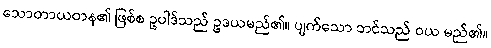
သောတာယတန၏ ဖြစ်စ ဥပါဒ်သည် ဥဒယမည်၏။ ပျက်သော ဘင်သည် ဝယ မည်၏။